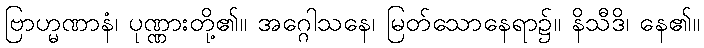
ဗြာဟ္မဏာနံ၊ ပုဏ္ဏားတို့၏။ အဂ္ဂေါသနေ၊ မြတ်သောနေရာ၌။ နိသီဒိ၊ နေ၏။